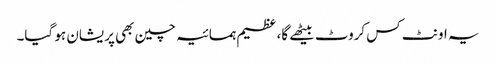
یہ اونٹ کس کروٹ بیٹھے گا، عظیم ہمسائیہ چین بھی پریشان ہو گیا۔